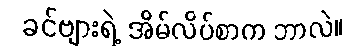
ခင်ဗျားရဲ့ အိမ်လိပ်စာက ဘာလဲ။